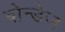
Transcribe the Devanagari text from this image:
बोन्डेज